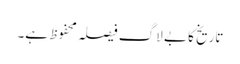
تاریخ کا بے لاگ فیصلہ محفوظ ہے۔